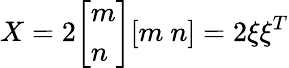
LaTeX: X=2{\left[\begin{array}{l}{m}\\ {n}\end{array}\right]}[m\ n]=2\xi\xi^{T}